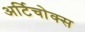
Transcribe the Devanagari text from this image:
अर्टिचोक्स